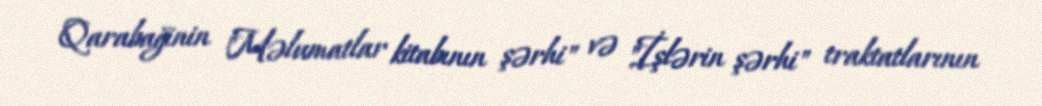
Qarabağinin "Məlumatlar kitabının şərhi" və "İşlərin şərhi" traktatlarının